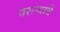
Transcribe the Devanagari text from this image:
दसर्‍याचें